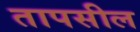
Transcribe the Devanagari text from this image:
तापसील